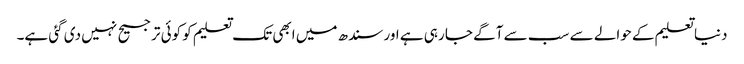
دنیا تعلیم کے حوالے سے سب سے آگے جا رہی ہے اور سندھ میں ابھی تک تعلیم کو کوئی ترجیح نہیں دی گئی ہے۔